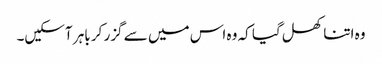
وہ اتنا کھل گیا کہ وہ اس میں سے گزر کر باہر آسکیں۔